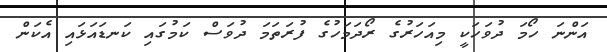
އަންނަ ހޯމަ ދުވަހަކީ މިއަހަރުގެ ރޯދަމަހުގެ ފުރަތަމަ ދުވަސް ކަމުގައި ކަނޑައަޅައި އެކަން